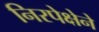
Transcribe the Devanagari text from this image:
निरपेक्षेने